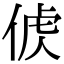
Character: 𠊤